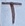
Text: T